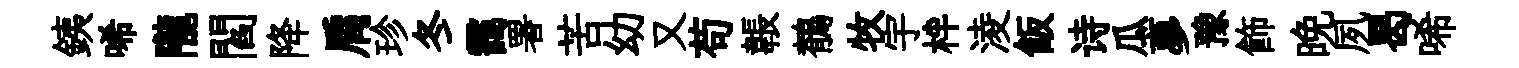
銕唏隴閻降肩珍冬靄署苦幼又苟韔鶺牧宇柈淩飯诗瓜夣豫飾晩夙曷唏